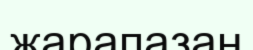
жарапазан